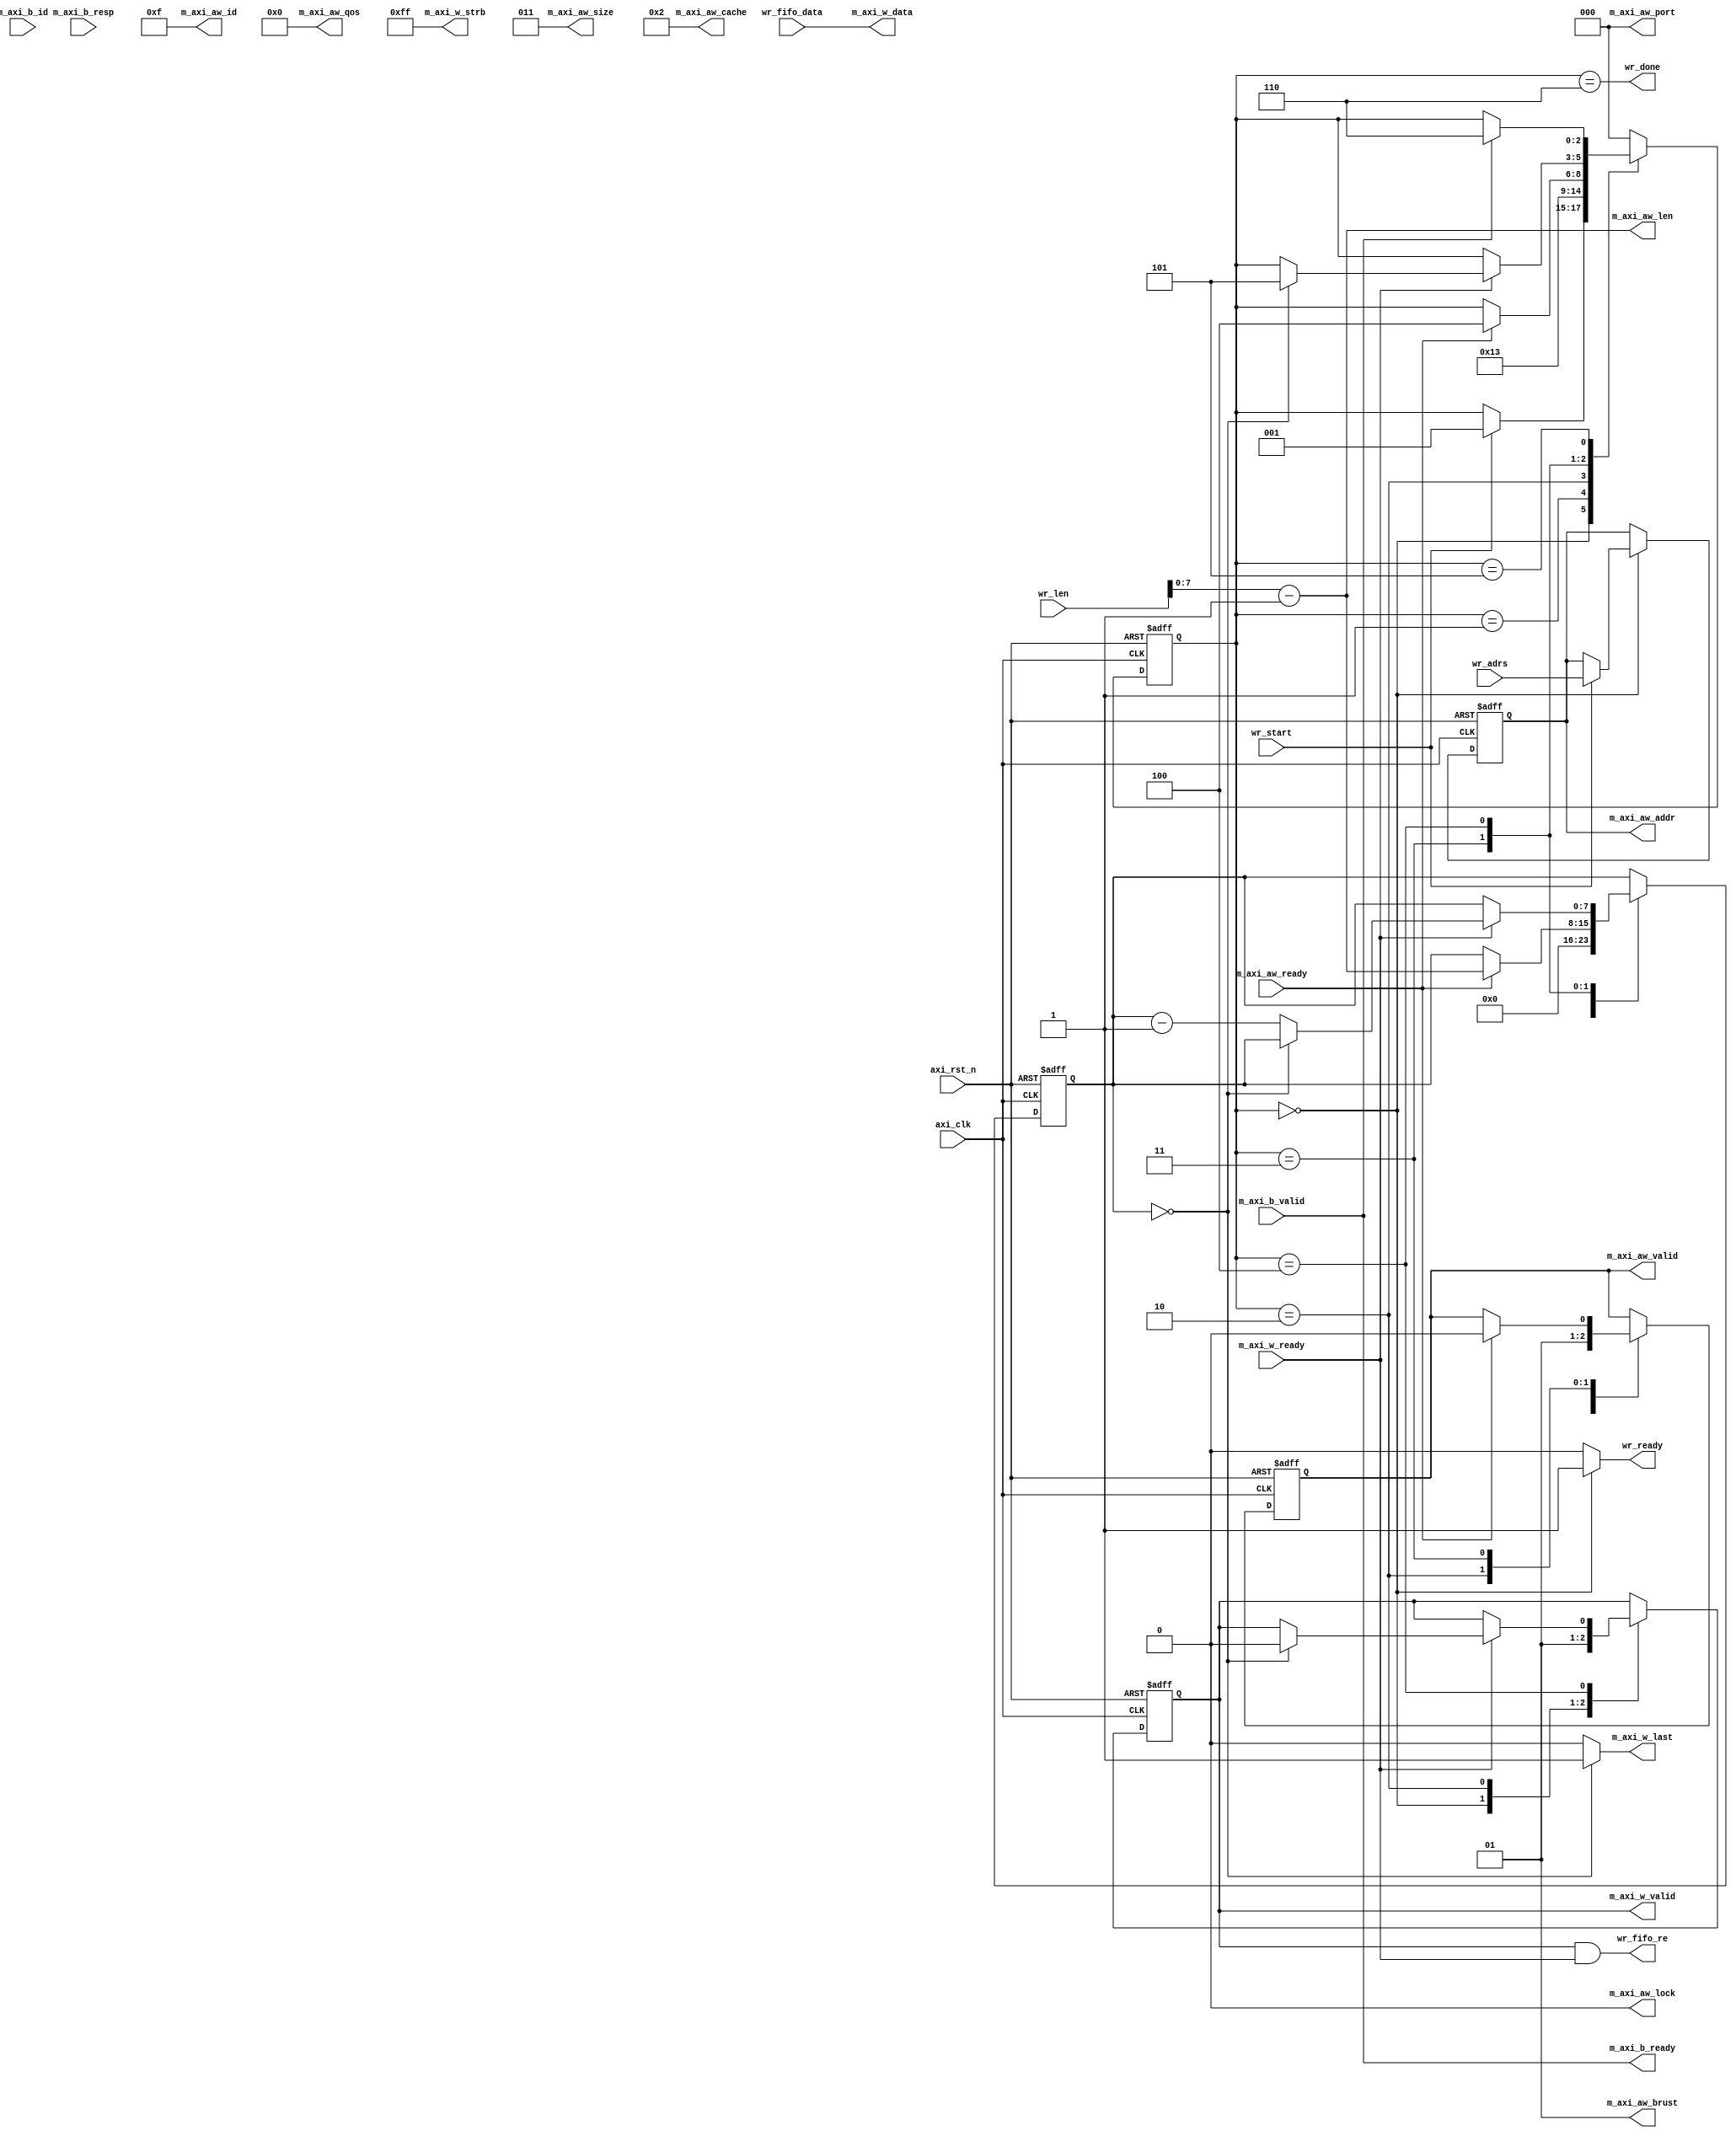
module axi_master_write
(
	input	wire			axi_clk			,//axi 复位
	input	wire			axi_rst_n		,//axi 总时钟
	//AXI4写通道--地址通道
	output	wire	[3:0]	m_axi_aw_id		,//写地址 ID，用来标志一组写信号
	output	wire	[31:0]	m_axi_aw_addr	,//写地址，给出一次写突发传输的写地址
	output	wire	[7:0]	m_axi_aw_len	,//突发长度，给出突发传输的次数
	output	wire	[2:0]	m_axi_aw_size	,//突发大小，给出每次突发传输的字节数
	output	wire	[1:0]	m_axi_aw_brust	,//突发类型
	output	wire			m_axi_aw_lock	,//总线锁信号，可提供操作的原子性
	output	wire	[3:0]	m_axi_aw_cache	,//内存类型，表明一次传输是怎样通过系统的
	output	wire	[2:0]	m_axi_aw_port	,//保护类型，表明一次传输的特权级及安全等级
	output	wire	[3:0]	m_axi_aw_qos	,//质量服务 QoS
	output	wire			m_axi_aw_valid	,//有效信号，表明此通道的地址控制信号有效
	input	wire			m_axi_aw_ready	,//表明“从”可以接收地址和对应的控制信号
	//AXI4写通道--数据通道
	output	wire	[63:0]	m_axi_w_data	,//写数据
	output	wire	[7:0]	m_axi_w_strb	,//写数据有效的字节线
	output	wire			m_axi_w_last	,//表明此次传输是最后一个突发传输
	output	wire			m_axi_w_valid	,//写有效，表明此次写有效
	input	wire			m_axi_w_ready	,//表明从机可以接收写数据
	//AXI4写通道--应答通道
	input	wire	[3:0]	m_axi_b_id		,//写响应 ID TAG
	input	wire	[1:0]	m_axi_b_resp	,//写响应，表明写传输的状态
	input	wire			m_axi_b_valid	,//写响应有效
	output	wire			m_axi_b_ready	,//表明主机能够接收写响应
	//用户端信号
	input	wire			wr_start		,//写突发触发信号
	input	wire	[31:0]	wr_adrs			,//地址
	input	wire	[9:0]	wr_len			,//长度
	output	wire			wr_ready		,//写空闲
	output	wire			wr_fifo_re		,//连接到写 fifo 的读使能
	input	wire	[63:0]	wr_fifo_data	,//连接到 fifo 的读数据
	output	wire			wr_done			 //完成一次突发
);

//写状态机参数
	localparam	S_WR_IDLE	=	3'd0,//写空闲
				S_WA_WAIT	=	3'd1,//写地址等待
				S_WA_START	=	3'd2,//写地址
				S_WD_WAIT	=	3'd3,//写数据等待
				S_WD_PROC	=	3'd4,//写数据循环
				S_WR_WAIT	=	3'd5,//接受写应答
				S_WR_DONE	=	3'd6;//写结束
				
//所需寄存器
	reg	[2:0]	wr_state		;//状态寄存器
	reg	[31:0]	wr_adrs_reg		;//地址寄存器
	reg			awvalid_reg		;//地址有效握手信号
	reg			w_valid_reg		;//数据有效握手信号
	reg			w_last_reg		;//传输最后一个数据
	reg	[7:0]	w_len_reg		;//突发长度最大 256，实测 128 最佳
	reg	[7:0]	w_std_reg		;
	
/**************************MAIN CODE**********************************/
	
	//写完成信号的写状态完成
	assign	wr_done = (wr_state==S_WR_DONE);
	
	//写 fifo 的读使能为 axi 数据握手成功
	assign	wr_fifo_re = (w_valid_reg&m_axi_w_ready);
	
	//只有一个主机，可随意设置
	assign	m_axi_aw_id	=	4'b1111;
	
	//把地址赋予总线
	assign	m_axi_aw_addr	=	wr_adrs_reg ;
	
	//一次突发传输 1 长度
	assign	m_axi_aw_len	= wr_len - 'd1 ;
	
	//一次突发传输 1 长度
	assign	m_axi_aw_size = 2'b011;
	
	//01 代表地址递增， 10 代表递减
	assign	m_axi_aw_brust	= 2'b01	;
	assign	m_axi_aw_lock	= 1'b0	;
	assign	m_axi_aw_cache	= 4'b0010;
	assign	m_axi_aw_port	= 3'b000;
	assign	m_axi_aw_qos	= 4'b0000;
	
	//地址握手信号 AWVALID
	assign	m_axi_aw_valid	= awvalid_reg ;
	
	//fifo 数据赋予总线
	assign	m_axi_w_data	=	wr_fifo_data ;
	assign	m_axi_w_strb	=	8'hff ;
	
	//写到最后一个数据
	assign	m_axi_w_last	=	(w_len_reg==8'd0)?1'b1:1'b0;
	
	//数据握手信号 WVALID
	assign	m_axi_w_valid	=	w_valid_reg ;
	
	//这个信号是告诉 AXI 我收到你的应答
	assign	m_axi_b_ready	=	m_axi_b_valid;
	
	//axi 状态机空闲信号
	assign	wr_ready	=	(wr_state==S_WR_IDLE)?1'b1:1'b0;
	
	//axi 写过程状态机
	always@(posedge axi_clk or negedge axi_rst_n)
		if(axi_rst_n==1'b0)
			begin
				wr_state <= S_WR_IDLE ;
				wr_adrs_reg <= 32'd0;
				awvalid_reg <= 1'b0;
				w_valid_reg <= 1'b0;
				w_last_reg  <= 1'b0;
				w_len_reg   <= 8'd0;
			end
		else
			begin
				case(wr_state)
					S_WR_IDLE :
						begin
							if(wr_start==1'b1)
								begin
									wr_state <= S_WA_WAIT;
									wr_adrs_reg <= wr_adrs;
								end
							awvalid_reg <= 1'b0;
							w_valid_reg <= 1'b0;
							w_len_reg   <= 8'd0;
						end
					S_WA_WAIT :
						begin
							wr_state <= S_WA_START ;
						end
					S_WA_START:
						begin
							wr_state <= S_WD_WAIT;
							awvalid_reg <= 1'b1;
							w_valid_reg <= 1'b1;
						end
					S_WD_WAIT :
						begin
							if(m_axi_aw_ready==1'b1)
								begin
									wr_state <= S_WD_PROC;
									w_len_reg <= wr_len - 'd1;
									awvalid_reg <= 1'b0;
								end
						end
					S_WD_PROC :
						begin
							if(m_axi_w_ready==1'b1)
								begin
									if(w_len_reg==8'd0)
										begin
											wr_state <= S_WR_WAIT;
											w_valid_reg <= 1'b0;
											w_last_reg <= 1'b1;
										end
									else
										w_len_reg <= w_len_reg -  8'd1;
								end
						end
					S_WR_WAIT :
						begin
							w_last_reg <= 'b0;
							if(m_axi_b_valid)
								begin
									wr_state <= S_WR_DONE;
								end
						end
					S_WR_DONE :
						begin
							wr_state <= S_WR_IDLE;
						end
					default:
						begin
							wr_state <= S_WR_IDLE;
						end
				endcase
			end


endmodule